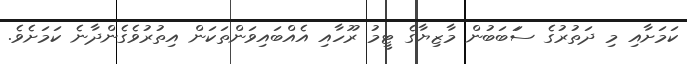
ކަމަށާއި މި ދަތުރުގެ ސަަބަބުން މާޒިޔާގެ ޓީމު ރޫހާއި އެއްބައިވަންތަކަން އިތުރުވެގެންދާނެ ކަމަށެވެ.